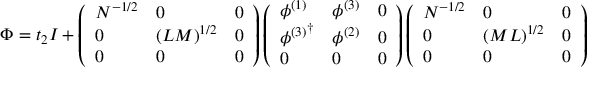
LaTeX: \Phi = t _ { 2 } I + \left( \begin{array} { l l l } { { N ^ { - 1 / 2 } } } & { { 0 } } & { { 0 } } \\ { { 0 } } & { { ( L M ) ^ { 1 / 2 } } } & { { 0 } } \\ { { 0 } } & { { 0 } } & { { 0 } } \end{array} \right) \left( \begin{array} { l l l } { { \phi ^ { ( 1 ) } } } & { { \phi ^ { ( 3 ) } } } & { { 0 } } \\ { { { \phi ^ { ( 3 ) } } ^ { \dagger } } } & { { \phi ^ { ( 2 ) } } } & { { 0 } } \\ { { 0 } } & { { 0 } } & { { 0 } } \end{array} \right) \left( \begin{array} { l l l } { { N ^ { - 1 / 2 } } } & { { 0 } } & { { 0 } } \\ { { 0 } } & { { ( M L ) ^ { 1 / 2 } } } & { { 0 } } \\ { { 0 } } & { { 0 } } & { { 0 } } \end{array} \right)